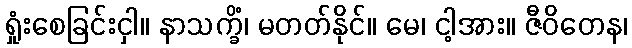
ရှုံးစေခြင်းငှါ။ နာသက္ခိံ၊ မတတ်နိုင်။ မေ၊ ငါ့အား။ ဇီဝိတေန၊